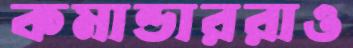
কমান্ডাররাও